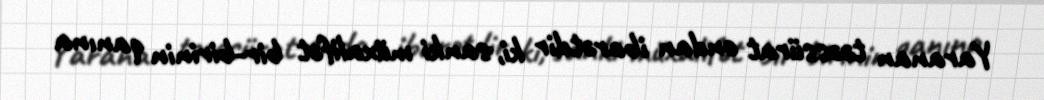
Yaranan təəssürat ondan ibarətdir ki, sanki müxalifət bir-birinin qanına